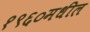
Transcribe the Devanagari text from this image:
१९६०मधील